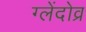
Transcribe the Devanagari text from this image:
ग्लेंदोव्र